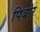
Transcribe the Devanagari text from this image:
पिबोर